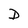
Character: D